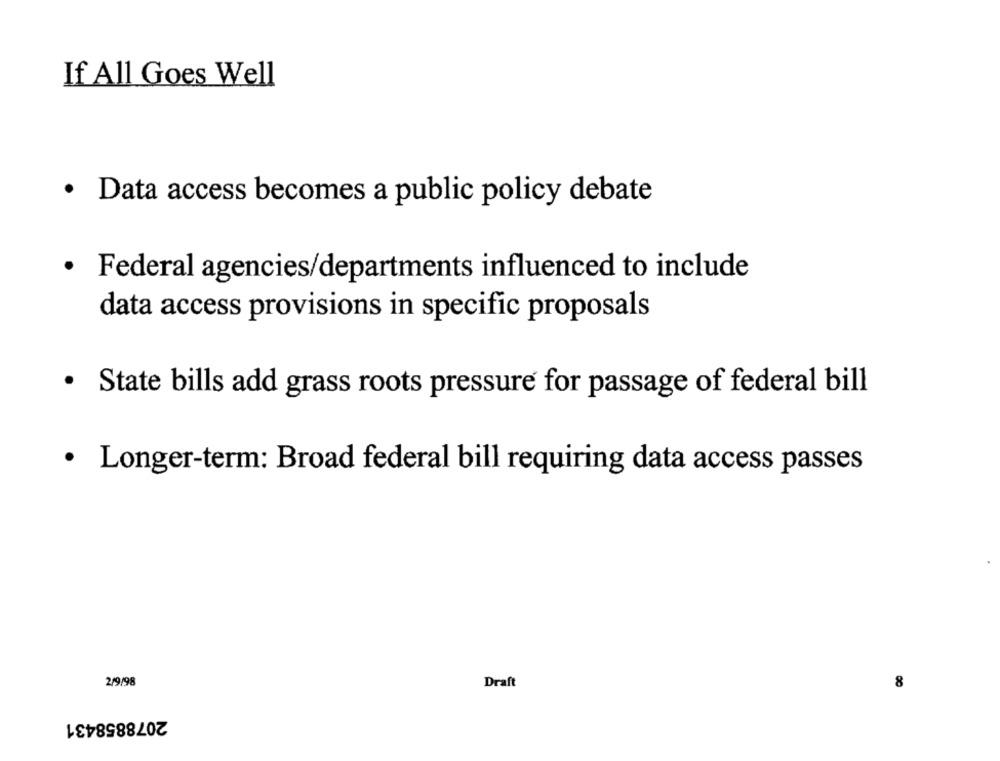
If All Goes Well
· Data access becomes a public policy debate
· Federal agencies/departments influenced to include
data access provisions in specific proposals
· State bills add grass roots pressure for passage of federal bill
· Longer-term: Broad federal bill requiring data access passes
2/9/98
Draft
8
2078858431